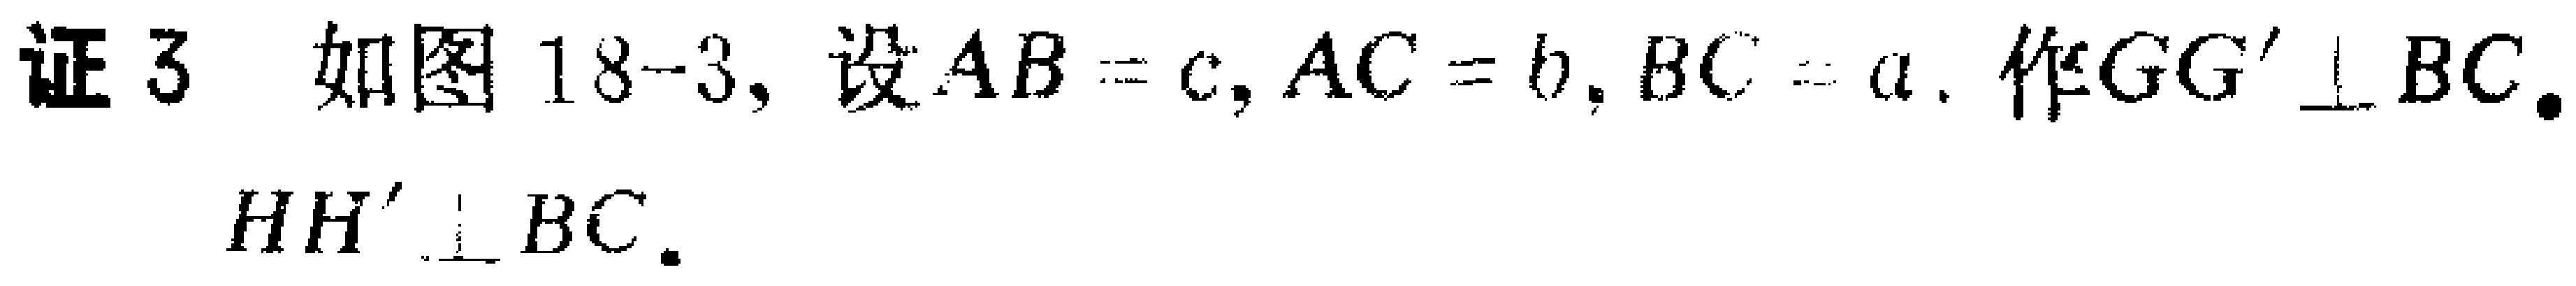
证3 如图18-3, 设\(AB = c\), \(AC = b\), \(BC = a\). 作\(GG'\perp BC\), \(HH'\perp BC\).